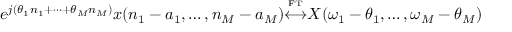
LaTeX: e ^ { j ( \theta _ { 1 } n _ { 1 } + \cdots + \theta _ { M } n _ { M } ) } x ( n _ { 1 } - a _ { 1 } , \ldots , n _ { M } - a _ { M } ) { \overset { \underset { \mathrm { F T } } { } } { \longleftrightarrow } } X ( \omega _ { 1 } - \theta _ { 1 } , \ldots , \omega _ { M } - \theta _ { M } )